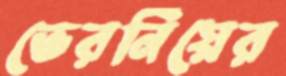
ভেরনিয়ের